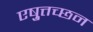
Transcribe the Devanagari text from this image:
एष़ुत्तच्छन